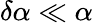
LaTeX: \delta\alpha\ll\alpha